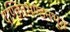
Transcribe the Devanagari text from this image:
दण्डितभण्डनभूत